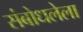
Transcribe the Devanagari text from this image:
संबोधलेला